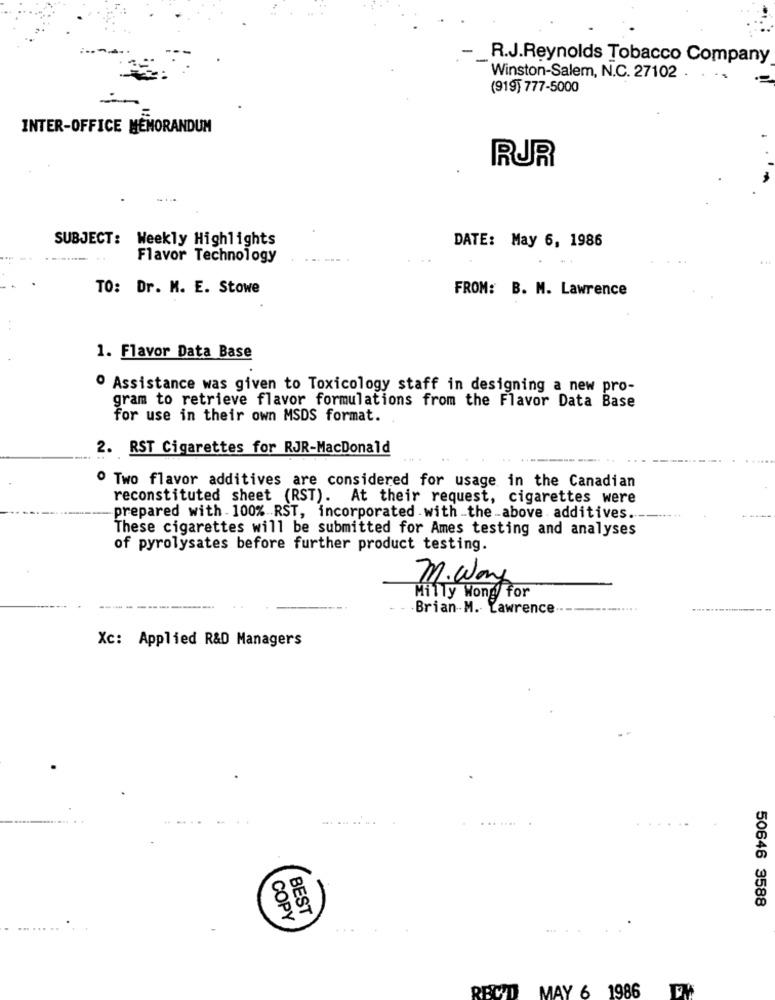
-
R.J.Reynolds Tobacco Company
Winston-Salem, N.C. 27102 .
(919) 777-5000
INTER-OFFICE MEMORANDUM
RJR
SUBJECT: Weekly Highlights
DATE: May 6, 1986
Flavor Technology
TO: Dr. M. E. Stowe
FROM: B. M. Lawrence
1. Flavor Data Base
º Assistance was given to Toxicology staff in designing a new pro-
gram to retrieve flavor formulations from the Flavor Data Base
for use in their own MSDS format.
2. RST Cigarettes for RJR-MacDonald
º Two flavor additives are considered for usage in the Canadian
reconstituted sheet (RST). At their request, cigarettes were
prepared with- 100% RST, incorporated with_the_above additives .-.
These cigarettes will be submitted for Ames testing and analyses
of pyrolysates before further product testing.
M. Way
Milly Wong for
-Brian-M. Lawrence
Xc: Applied R&D Managers
BEST
50646 3588
COPY
RECID MAY 6 1986